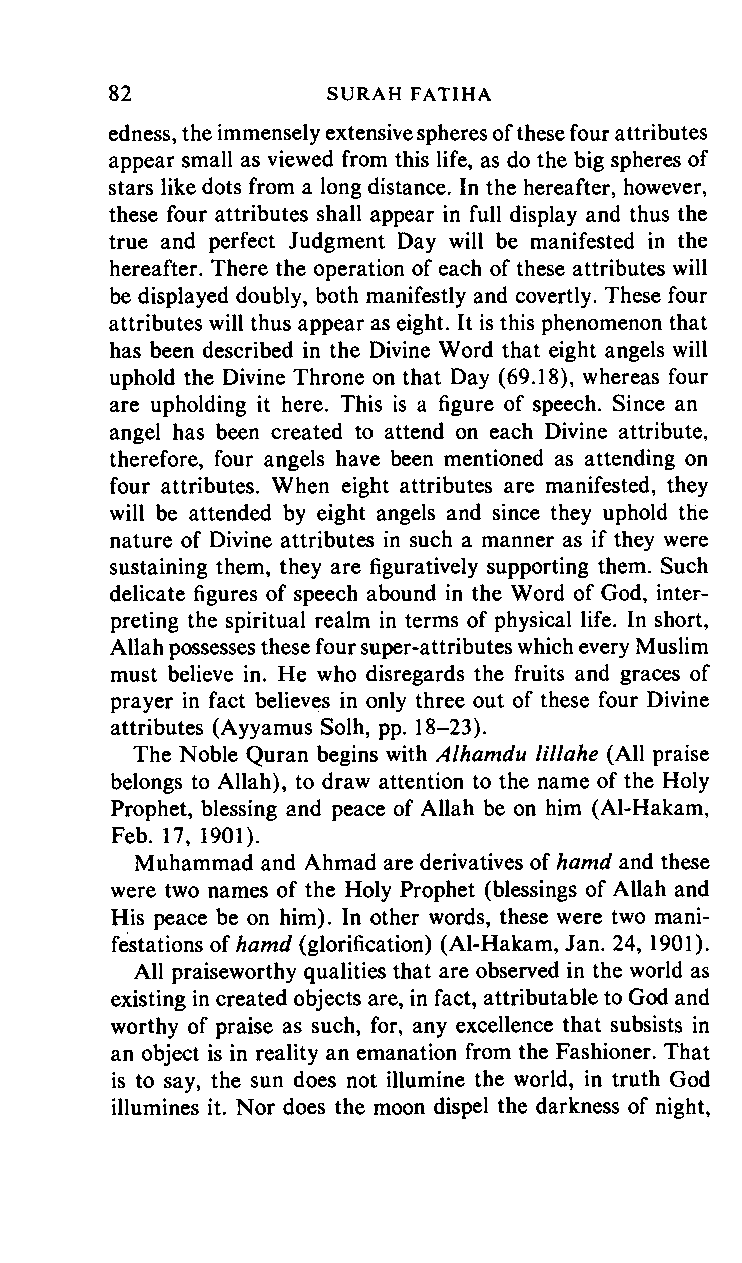
82     SURAH       FATIHA
 edness, the immensely extensive spheres of these four attributes
 appear small as viewed from this life, as do the big spheres of
 stars like dots from a long distance. In the hereafter, however,
 these four attributes shall appear in full display and thus the
 true and perfect Judgment Day will be manifested in the
 hereafter. There the operation of each of these attributes will
 be displayed doubly, both manifestly and covertly. These four
 attributes will thus appear as eight. It is this phenomenon that
 has been described in the Divine Word that eight angels will
 uphold the Divine Throne on that Day (69.18), whereas four
 are upholding it here. This is a figure of speech. Since an
 angel has been created to attend on each Divine attribute,
 therefore, four angels have been mentioned as attending on
 four attributes. When eight attributes are manifested, they
 will be attended by eight angels and since they uphold the
 nature of Divine attributes in such a manner as if they were
 sustaining them, they are figuratively supporting them. Such
 delicate figures of speech abound in the Word of God, inter
 preting the spiritual realm in terms of physical life. In short,
 Allah possesses these four super-attributes which every Muslim
 must believe in. He who disregards the fruits and graces of
 prayer in fact believes in only three out of these four Divine
 attributes (Ayyamus Solh, pp. 18-23).
 The Noble Quran begins with Alhamdu lillahe (All praise
 belongs to Allah), to draw attention to the name of the Holy
 Prophet, blessing and peace of Allah be on him (Al-Hakam,
 Feb. 17, 1901).
 Muhammad and Ahmad are derivatives of hamd and these
 were two names of the Holy Prophet (blessings of Allah and
 His peace be on him). In other words, these were two mani
 festations of hamd (glorification) (Al-Hakam, Jan. 24, 1901).
 All praiseworthy qualities that are observed in the world as
 existing in created objects are, in fact, attributable to God and
 worthy of praise as such, for, any excellence that subsists in
 an object is in reality an emanation from the Fashioner. That
 is to say, the sun does not illumine the world, in truth God
 illumines it. Nor does the moon dispel the darkness of night,